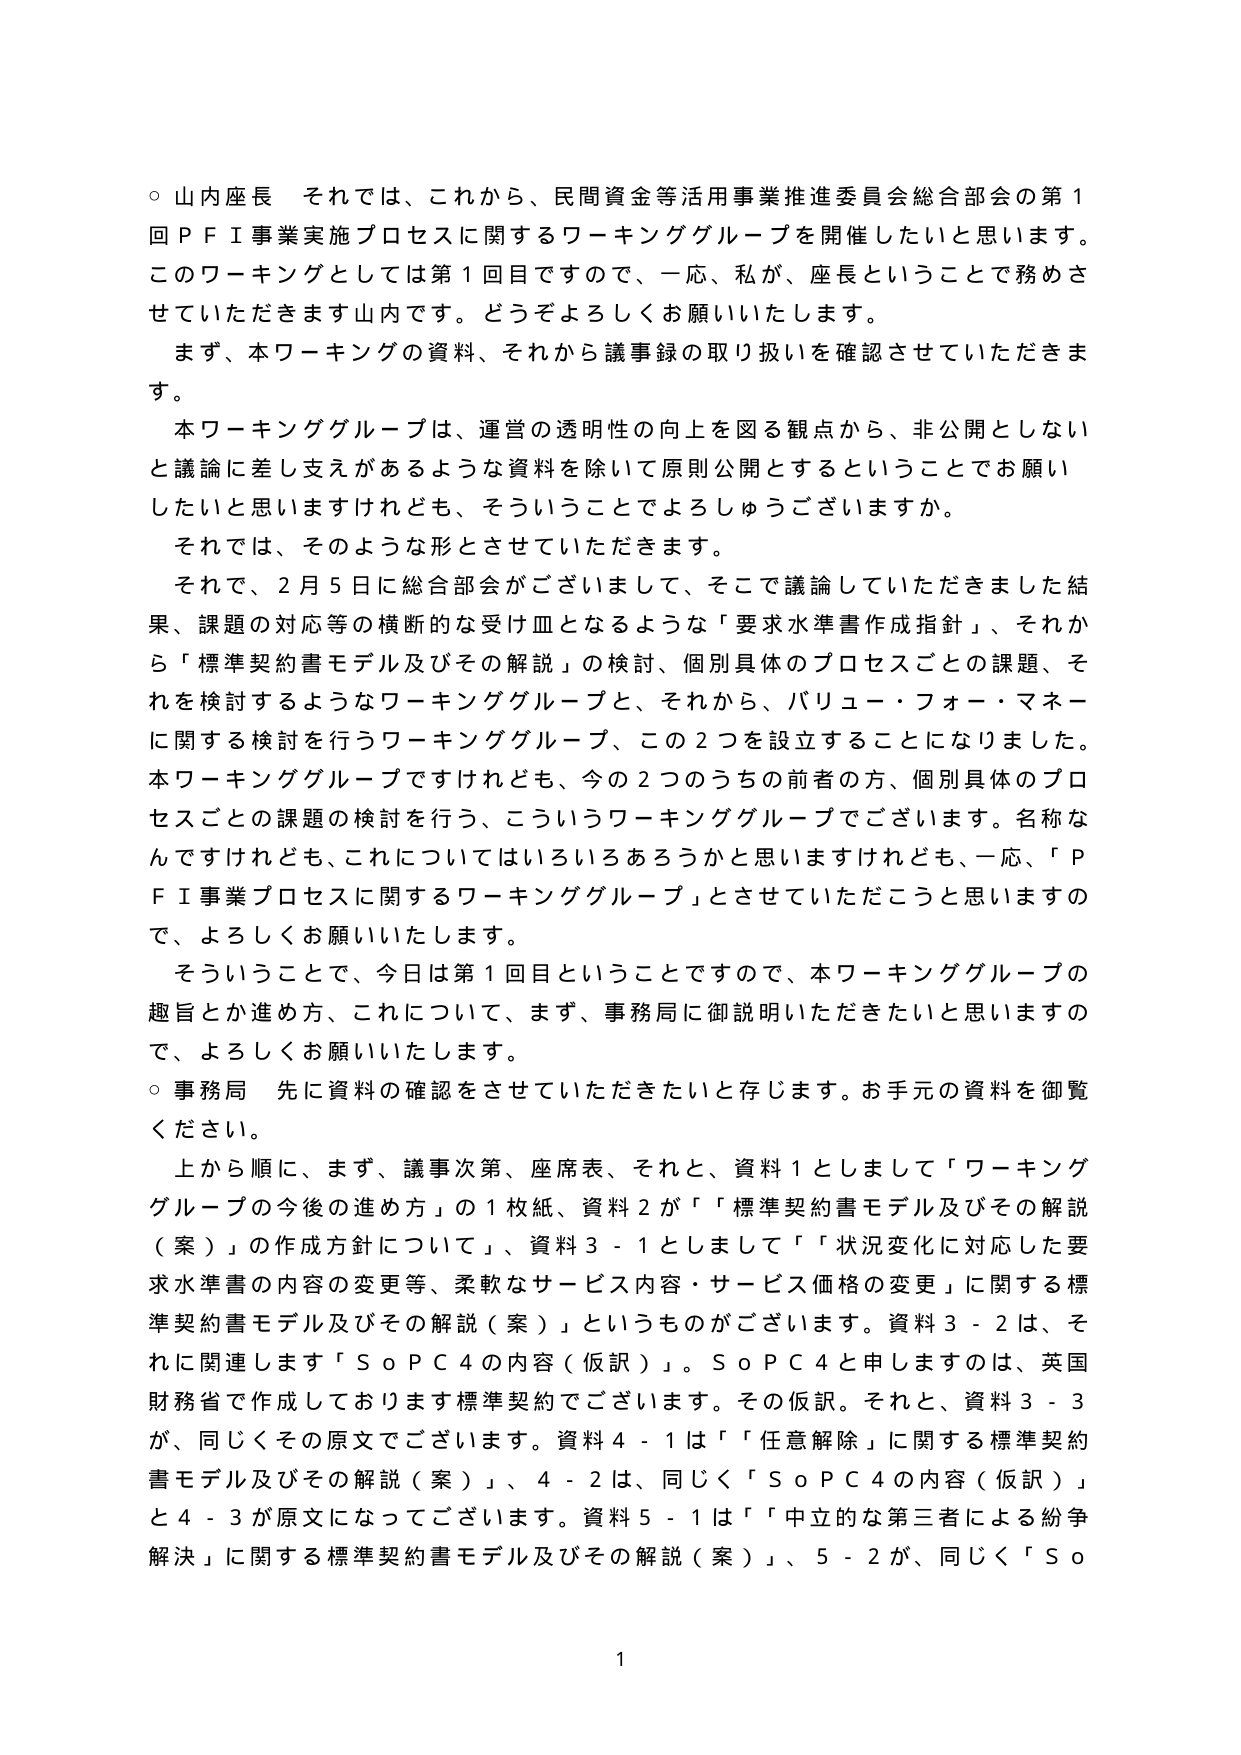
○ 山内座長 それでは、これから、民間資金等活用事業推進委員会総合部会の第1回ＰＦＩ事業実施プロセスに関するワーキンググループを開催したいと思います。このワーキングとしては第1回目ですので、一応、私が、座長ということで務めさせていただきます山内です。どうぞよろしくお願いいたします。

まず、本ワーキングの資料、それから議事録の取り扱いを確認させていただきます。

本ワーキンググループは、運営の透明性の向上を図る観点から、非公開としないと議論に差し支えがあるような資料を除いて原則公開とすることでお願いしたいと思いますけれども、そういうことでよろしゅうございますか。

それでは、そのような形とさせていただきます。

それで、2月5日に総合部会がございまして、そこで議論していただきました結果、課題の対応等の横断的な受け皿となるような「要求水準書作成指針」、それから「標準契約書モデル及びその解説」の検討、個別具体的プロセスごとの課題、それを検討するようなワーキンググループと、それから、バリュー・フォー・マネーに関する検討を行うワーキンググループ、この2つを設立することになりました。本ワーキンググループですけれども、今の2つのうちの前者の方、個別具体的プロセスごとの課題の検討を行う、こういうワーキンググループでございます。名称なんですけれども、これについてはいろいろあろうかと思いますけれども、一応、「ＰＦＩ事業プロセスに関するワーキンググループ」とさせていただこうと思いますので、よろしくお願いいたします。

そういうことで、今日は第1回目ということで、本ワーキンググループの趣旨とか進め方、これについて、まず、事務局に御説明いただきたいと思いますので、よろしくお願いいたします。

○ 事務局 先に資料の確認をさせていただきたいと存じます。お手元の資料を御覧ください。

上から順に、まず、議事次第、座席表、それと、資料1としまして「ワーキンググループの今後の進め方」の1枚紙、資料2が「標準契約書モデル及びその解説（案）」の作成方針について、資料3-1としまして「状況変化に対応した要求水準書の内容の変更等、柔軟なサービス内容・サービス価格の変更」に関する標準契約書モデル及びその解説（案）」というものがございます。資料3-2は、それに関連します「ＳｏＰＣ４の内容（仮訳）」。ＳｏＰＣ４と申しますのは、英国財務省で作成しております標準契約でございます。その仮訳。それと、資料3-3が、同じくその原文でございます。資料4-1は「任意解除」に関する標準契約書モデル及びその解説（案）」、4-2は、同じく「ＳｏＰＣ４の内容（仮訳）」と4-3が原文になってございます。資料5-1は「中立的な第三者による紛争解決」に関する標準契約書モデル及びその解説（案）」、5-2が、同じく「Ｓｏ

1